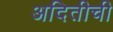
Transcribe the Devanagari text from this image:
अदितीची